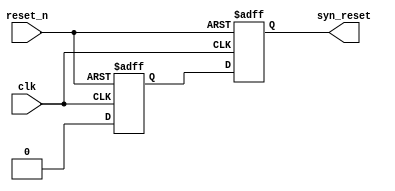
//****************************************Copyright (c)***********************************//
//www.yuanzige.com
//www.openedv.com
//http://openedv.taobao.com
//""ZYNQ & FPGA & STM32 & LINUX
//
//Copyright(C)  2018-2028
//All rights reserved
//----------------------------------------------------------------------------------------
// File name:           asyn_rst_syn
// Last modified Date:  2020/05/28 20:28:08
// Last Version:        V1.0
// Descriptions:        
//                      
//----------------------------------------------------------------------------------------
// Created by:          
// Created date:        2020/05/28 20:28:08
// Version:             V1.0
// Descriptions:        The original version
//
//----------------------------------------------------------------------------------------
//****************************************************************************************//

module asyn_rst_syn(
    input clk,          //
    input reset_n,      //
    
    output syn_reset    //
    );
    
//reg define
reg reset_1;
reg reset_2;
    
//*****************************************************
//**                    main code
//***************************************************** 
assign syn_reset  = reset_2;
    
//
always @ (posedge clk or negedge reset_n) begin
    if(!reset_n) begin
        reset_1 <= 1'b1;
        reset_2 <= 1'b1;
    end
    else begin
        reset_1 <= 1'b0;
        reset_2 <= reset_1;
    end
end
    
endmodule